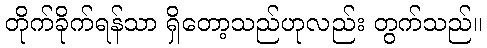
တိုက်ခိုက်ရန်သာ ရှိတော့သည်ဟုလည်း တွက်သည်။